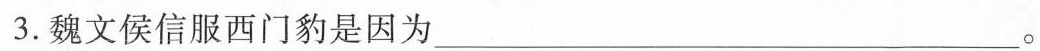
3.魏文侯信服西门豹是因为___。